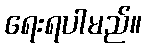
ရေးရပါမည်။